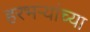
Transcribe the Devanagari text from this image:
हरभऱ्यांच्या